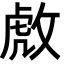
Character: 𫾹